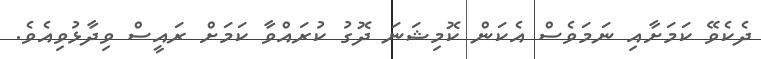
ދެކެވޭ ކަމަށާއި ނަމަވެސް އެކަން ކޮމިޝަނަ ދޮގު ކުރައްވާ ކަމަށް ރައީސް ވިދާޅުވިއެވެ.